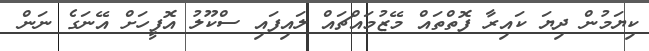
ކިޔަމުން ދިޔަ ކައިރާ ފޮތްތައް މޭޒުމައްޗައް ލައިފައި ސްކޫލު އޮފީހަށް އޭނަގެ ނަން